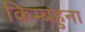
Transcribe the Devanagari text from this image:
किम्बहुना